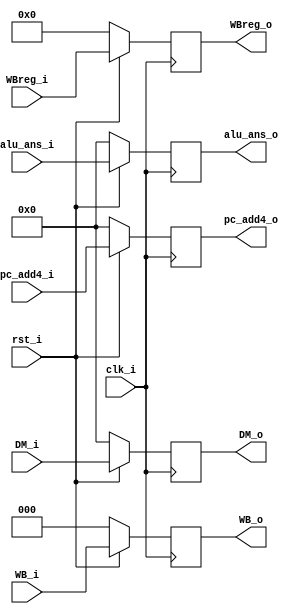
/***************************************************
Student Name: 
Student ID: group24_0816162_0812203
***************************************************/

module WB_register (clk_i, rst_i, WB_i, DM_i, alu_ans_i, WBreg_i,pc_add4_i ,WB_o, DM_o, alu_ans_o, WBreg_o,pc_add4_o);

	input clk_i;
	input rst_i;
	input [2:0] WB_i;
	input [31:0] DM_i;
	input [31:0] alu_ans_i;
	input [4:0] WBreg_i;
	input [31:0] pc_add4_i;

	output reg [2:0] WB_o;
	output reg [31:0] DM_o;
	output reg [31:0] alu_ans_o;
	output reg [4:0] WBreg_o;
	output reg [31:0] pc_add4_o;

	always @(posedge clk_i) begin
		if (~rst_i) 
		begin
			WB_o <= 0;
			DM_o <= 0;
			alu_ans_o <= 0;
			WBreg_o <= 0;
			pc_add4_o <= 0;
		end

		else 
		begin
			WB_o <= WB_i;
			DM_o <= DM_i;
			alu_ans_o <= alu_ans_i;
			WBreg_o <= WBreg_i;
			pc_add4_o <= pc_add4_i;
		end
	end
endmodule